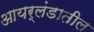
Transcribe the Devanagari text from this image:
आयर्लंडातील